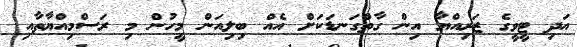
އަދި ޓީވީގެ ޒަރިއްޔާ އިން ގާތްގަނޑަކަށް އެއް ބިލިއަން މީހުން މި ރަސްމިއްޔާތާއި